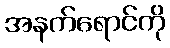
အနက်ရောင်ကို